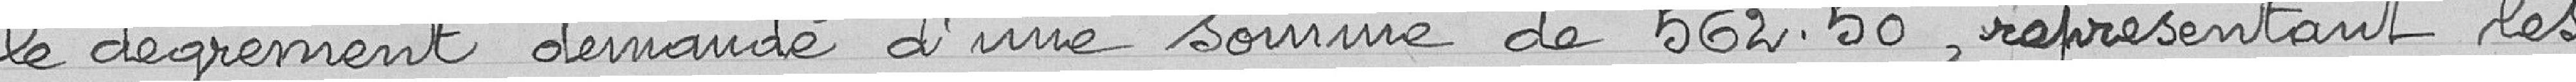
le dégrèvement demandé d'une somme de 562 francs 50, représentant les